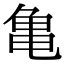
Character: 亀